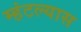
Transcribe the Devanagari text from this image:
म्हंटल्यास